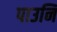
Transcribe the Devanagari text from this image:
पाउनि